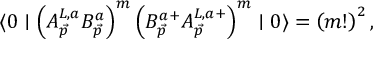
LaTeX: \langle 0 \mid \left( A _ { \vec { p } } ^ { L , a } B _ { \vec { p } } ^ { a } \right) ^ { m } \left( B _ { \vec { p } } ^ { a + } A _ { \vec { p } } ^ { L , a + } \right) ^ { m } \mid 0 \rangle = \left( m ! \right) ^ { 2 } ,